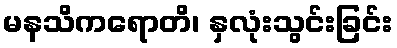
မနသိကရောတိ၊ နှလုံးသွင်းခြင်း